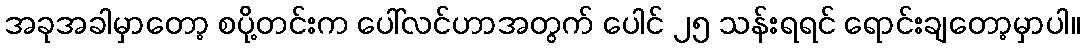
အခုအခါမှာတော့ စပို့တင်းက ပေါ်လင်ဟာအတွက် ပေါင် ၂၅ သန်းရရင် ရောင်းချတော့မှာပါ။